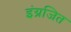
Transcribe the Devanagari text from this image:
इंग्रजित